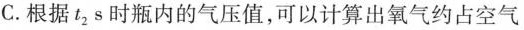
C.根据t_{2}s时瓶内的气压值，可以计算出氧气约占空气